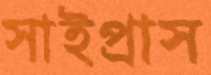
সাইপ্রাস